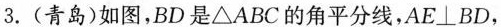
3.(青岛)如图，BD是△ABC的角平分线，AE⊥BD，